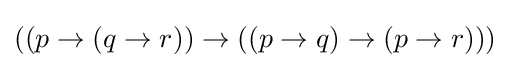
((p\to (q\to r))\to ((p\to q)\to (p\to r)))